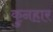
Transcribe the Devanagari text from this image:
कुनहार